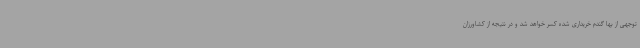
توجهی از بها گندم خریداری شده کسر خواهد شد و در نتیجه از کشاورزان